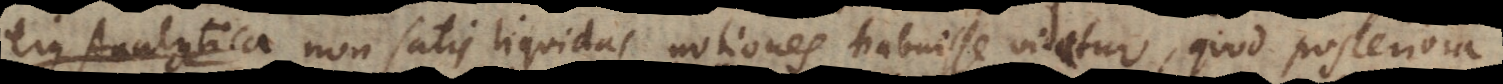
ejus Analytica non satis liquidas notiones habuisse videtur, quod posteriora